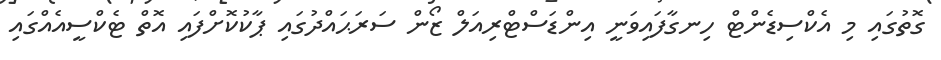
ގޮތުގައި މި އެކްސިޑެންޓް ހިނގާފައިވަނީ އިންޑަސްޓްރިއަލް ޒޯން ސަރަޙައްދުގައި ޕާކުކޮށްފައި އޮތް ޓެކްސީއެއްގައި